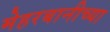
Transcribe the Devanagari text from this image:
मेहरबानीच्या